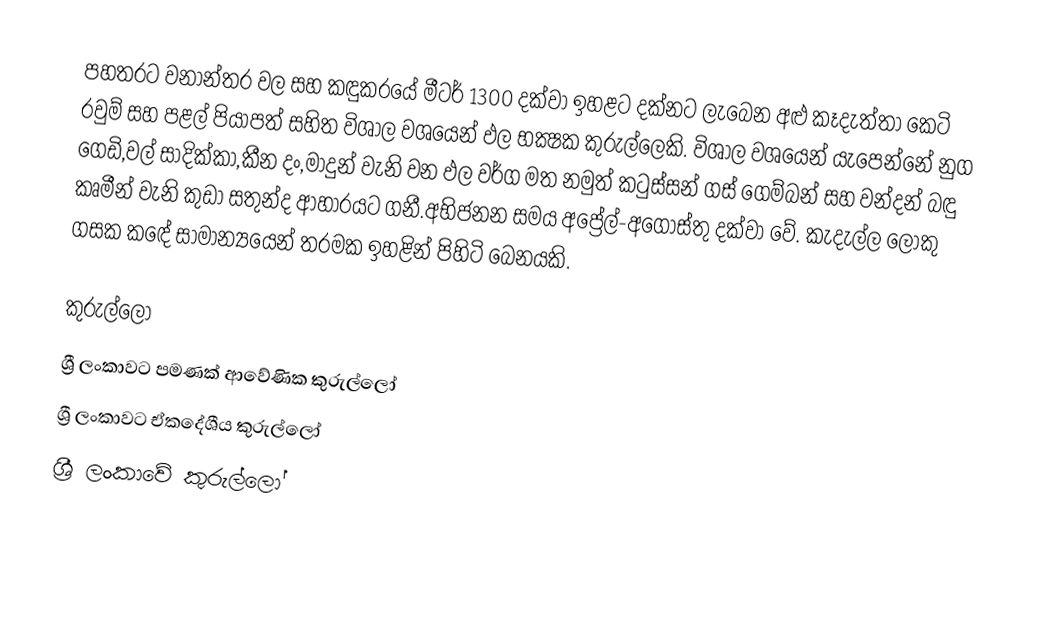
පහතරට වනාන්තර වල සහ කඳුකරයේ මීටර් 1300 දක්වා ඉහළට දක්නට ලැබෙන අළු කෑදැත්තා කෙටි රවුම් සහ පළල් පියාපත් සහිත විශාල වශයෙන් ඵල භක්‍ෂක කුරුල්ලෙකි. විශාල වශයෙන් යැපෙන්නේ නුග ගෙඩි,වල් සාදික්කා,කීන දං,මාදුන් වැනි වන ඵල වර්ග මත නමුත් කටුස්සන් ගස් ගෙම්බන් සහ වන්දන් බඳු කෘමීන් වැනි කුඩා සතුන්ද ආහාරයට ගනී.අභිජනන සමය අප්‍රේල්-අගෝස්තු දක්වා වේ. කැදැල්ල ලොකු ගසක කඳේ සාමාන්‍යයෙන් තරමක ඉහළින් පිහිටි බෙනයකි.

කුරුල්ලෝ
ශ්‍රී ලංකා‍වට පමණක් ආවේණික කුරුල්ලෝ
ශ්‍රී ලංකාවට ඒකදේශීය කුරුල්ලෝ
ශ්‍රී ලංකාවේ කුරුල්ලෝ